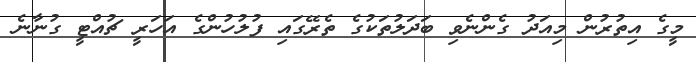
މީގެ އިތުރުން މިއަދު ގެންނެވި ބަދަލުތަކުގެ ތެރޭގައި ފުލުހުންގެ އަހަރީ ޗުއްޓީ ގުނާނެ